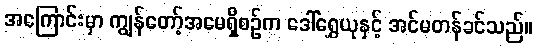
အကြောင်းမှာ ကျွန်တော့်အမေရှိစဉ်က ဒေါ်ရွှေယုနှင့် အင်မတန်ခင်သည်။